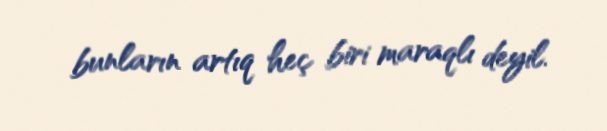
bunların artıq heç biri maraqlı deyil.